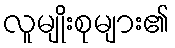
လူမျိုးစုများ၏